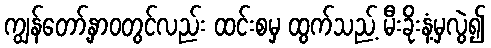
ကျွန်တော့်နှာဝတွင်လည်း ထင်းစမှ ထွက်သည့် မီးခိုးနံ့မှလွဲ၍